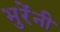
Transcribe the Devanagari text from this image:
भुरेंनी